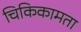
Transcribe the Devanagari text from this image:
चिकिकामता